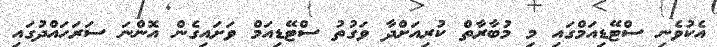
އެކުވެނި ސްޓޭޑިއަމްގައި މި މުބާރާތް ކުރިއަށްދާ ވަގުތު ސްޓޭޑިއަމް ވަށައިގެން އޮންނަ ސަރަހައްދުގައި